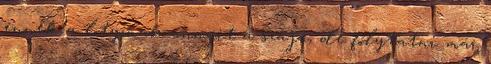
ennek a lotyónak annyit a szája, de folytatni már